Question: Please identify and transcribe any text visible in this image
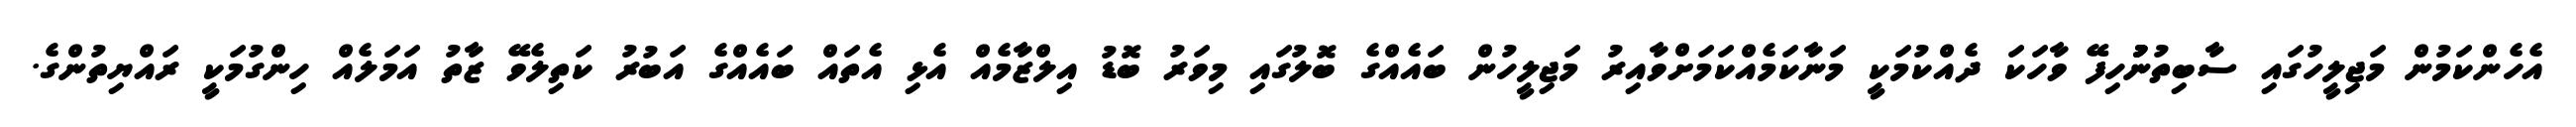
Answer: އެހެންކަމުން މަޖިލީހުގައި ސާބިތުނުުުހިފޭ ވާހަކަ ދެއްކުމަކީ މަނާކަމެއްކަމަށްވާއިރު މަޖިލީހުން ބައެއްގެ ބޮލުގައި މިވަރު ބޮޑު އިލްޒާމެއް އެޅި އެތައް ބައެއްގެ އަބުރު ކަތިލެވޭ ޒާތު އަމަލެއް ހިންގުމަކީ ރައްޔިތުންގެ.